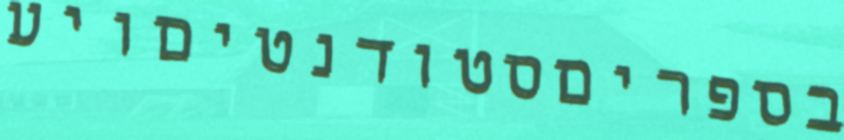
בספריםסטודנטיםויע